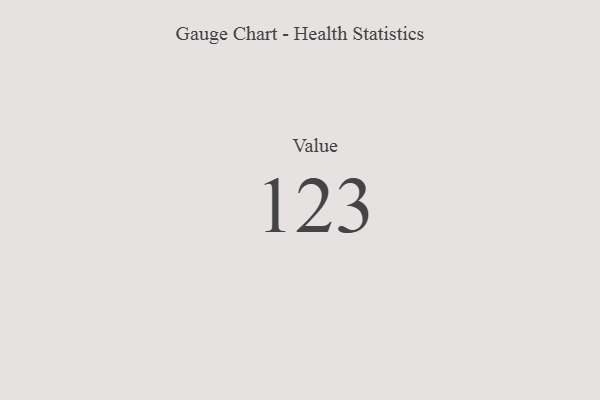
{"axis": {"x": "Metric", "y": "Value"}, "legend": [""], "data": [{"x": "Value", "y": 123, "type": ""}]}